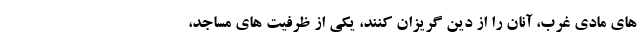
های مادی غرب، آنان را از دین گریزان کنند، یکی از ظرفیت های مساجد،